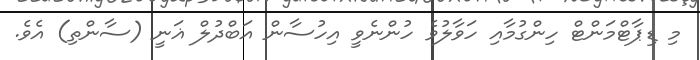
މި ޑިޕާޓްމަންޓް ހިންގުމާއި ހަވާލުވެ ހުންނެވީ އިހުސާން އަބްދުލް ޣަނީ (ސާންތި) އެވެ.